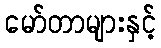
မော်တာများနှင့်